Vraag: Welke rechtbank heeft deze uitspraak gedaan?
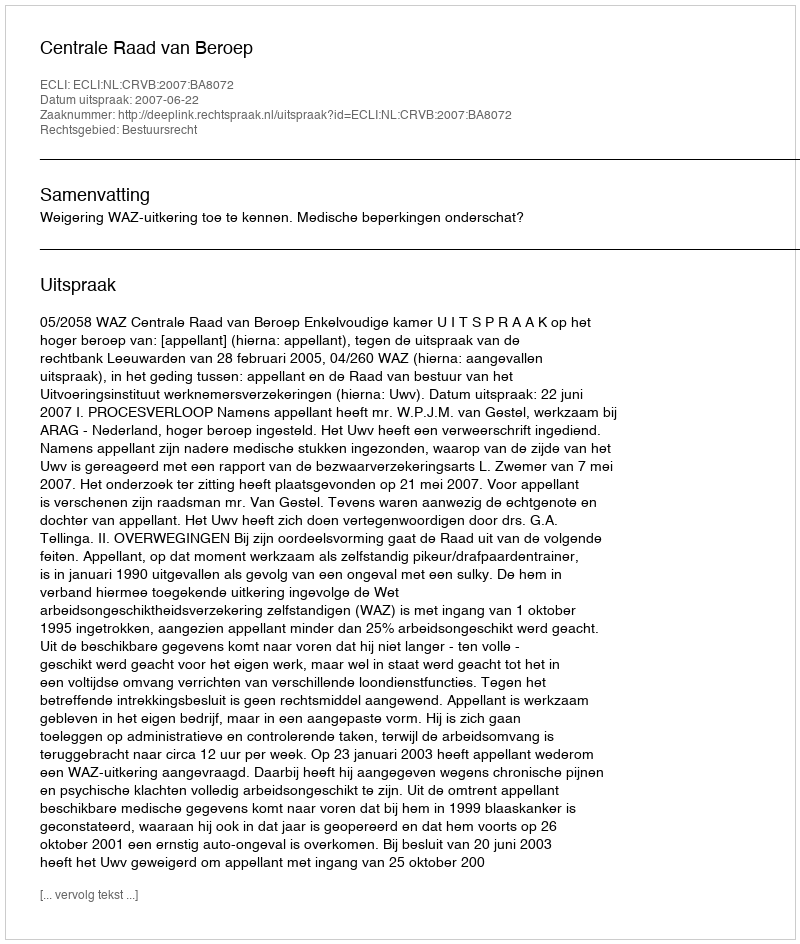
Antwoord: Centrale Raad van Beroep